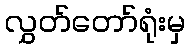
လွှတ်တော်ရုံးမှ